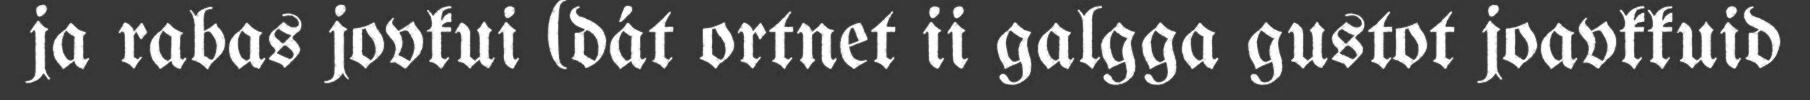
ja rabas jovkui (dát ortnet ii galgga gustot joavkkuid